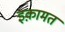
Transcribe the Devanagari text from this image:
इक़ामत